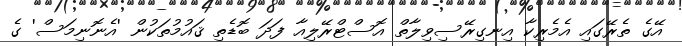
އޭގެ ތެރޭގައި އެމެރިކާ އިނގިރޭސިވިލާތް އޮސްޓްރޭލިއާ ފަދަ ބޮޑެތި ޤައުމުތަކުން 'އެނޮނިމަސް' ގެ